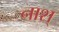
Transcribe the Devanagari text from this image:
नाश्